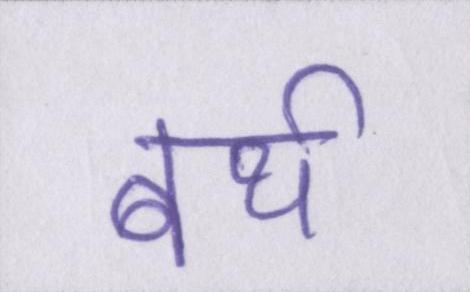
बर्थ